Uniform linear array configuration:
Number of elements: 8
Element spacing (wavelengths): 0.25
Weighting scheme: cosine
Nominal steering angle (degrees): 60
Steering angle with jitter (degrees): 60.261
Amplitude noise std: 0.05
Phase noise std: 0.05

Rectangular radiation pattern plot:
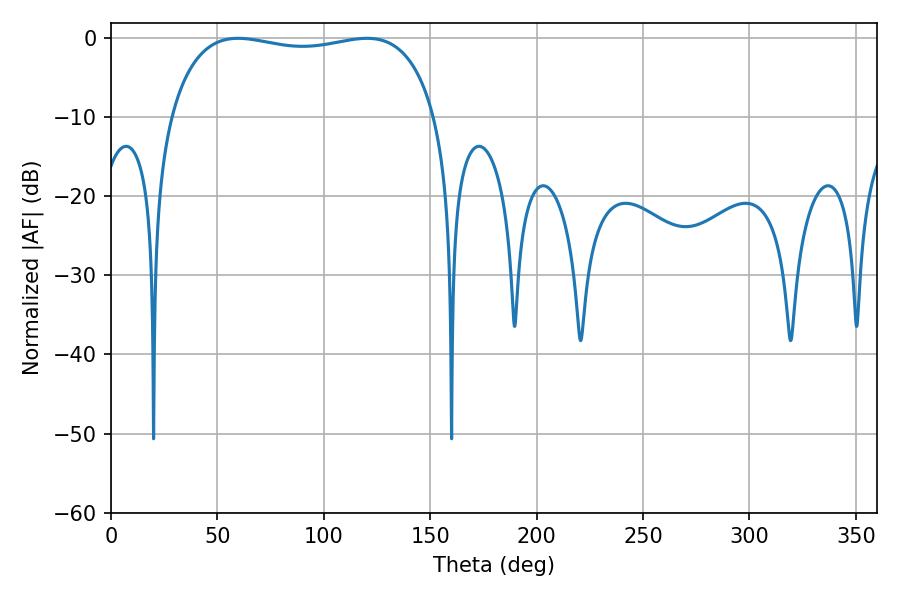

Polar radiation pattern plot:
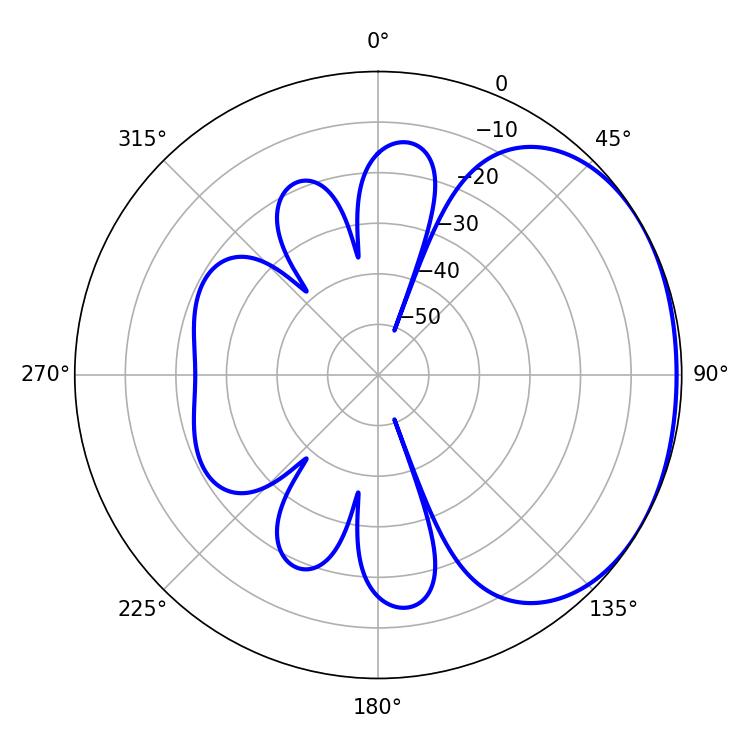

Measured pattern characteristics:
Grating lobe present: FALSE
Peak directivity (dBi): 1.537
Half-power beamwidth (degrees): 101.16
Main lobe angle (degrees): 59.76